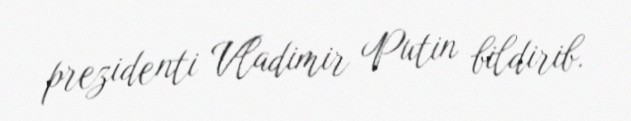
prezidenti Vladimir Putin bildirib.